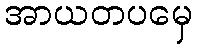
အာယတပမှေ